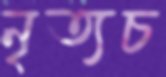
নৃত্যচ